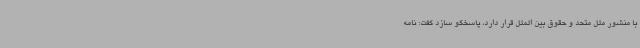
با منشور ملل متحد و حقوق بین الملل قرار دارد، پاسخگو سازد گفت: نامه